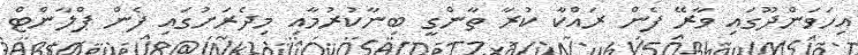
އިހަވަންދޫގައި ވާރޭ ފެން ރައްކާ ކުރާ ތާންގީ ބިނާކުރުމާއި މިދެރަށުގައި ފެން ޕްލާންޓް